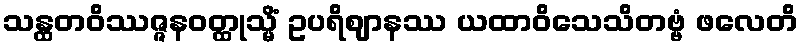
သန္ထတဝိဿဇ္ဇနဝတ္ထုသ္မိံ ဥပရိဈာနဿ ယထာဝိသေသိတဗ္ဗံ ဖလေတိ